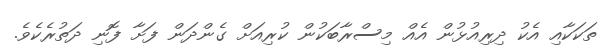
ތަކަކާއި އެކު ދިރިއުޅުން އެއް މިސްރާބަކުން ކުރިއަށް ގެންދަން ފަށާ ފޮނި ދަތުރެކެވެ.